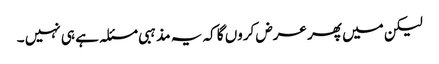
لیکن میں پھر عرض کروں گا کہ یہ مذہبی مسئلہ ہے ہی نہیں ۔